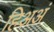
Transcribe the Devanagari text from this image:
हिअअं